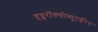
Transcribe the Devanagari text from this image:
हय्डरॉक्सीब्युटईरेट